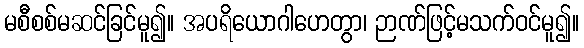
မစီစစ်မဆင်ခြင်မူ၍။ အပရိယောဂါဟေတွာ၊ ဉာဏ်ဖြင့်မသက်ဝင်မူ၍။